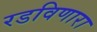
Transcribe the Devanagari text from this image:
रडविणारा